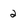
Character: 2